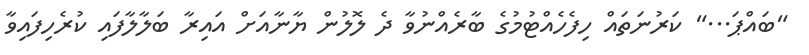
"ބައްޕަ..." ކަރުނަތައް ހިފެހެއްޓުމުގެ ބާރެއްނުވާ ދެ ލޮލުން ޔާނާއަށް އައިރާ ބަލާލާފައި ކުރެހިފައިވާ